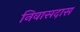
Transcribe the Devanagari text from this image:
निवासदास